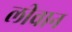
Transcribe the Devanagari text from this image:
लीवान